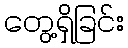
တွေ့ရှိခြင်း